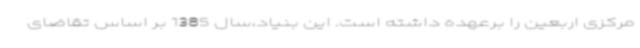
مرکزی اربعین را برعهده داشته است. این بنیاد،سال 1385 بر اساس تقاضای